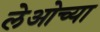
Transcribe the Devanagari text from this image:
लेओच्या